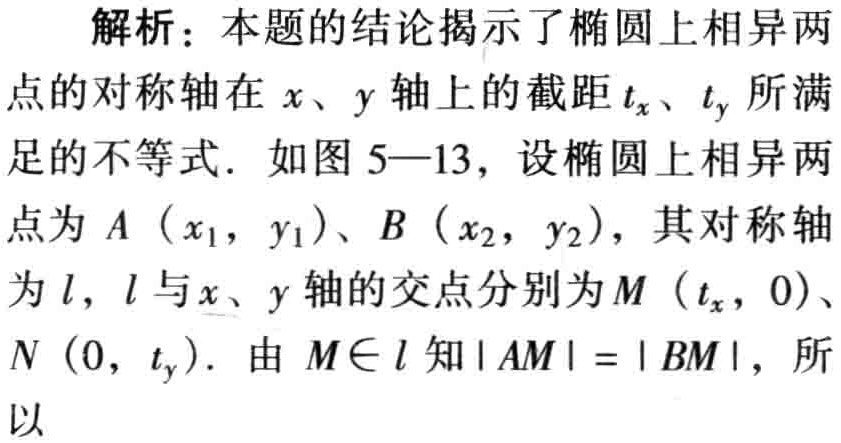
解析：本题的结论揭示了椭圆上相异两

点的对称轴在\(x、y\)轴上的截距\(t_x、t_y\)所满

足的不等式. 如图5—13，设椭圆上相异两

点为\(A\left(x_1,y_1\right)、B\left(x_2,y_2\right)\)，其对称轴

为\(l\)，\(l\)与\(x、y\)轴的交点分别为\(M\left(t_x,0\right)\)、

\(N\left(0,t_y\right)\). 由\(M\in l\)知\(\vert AM\vert=\vert BM\vert\)，所

以